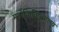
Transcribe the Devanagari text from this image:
मनोकिकित्सालय